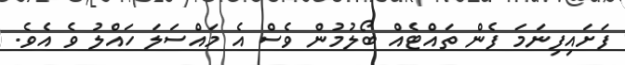
ފަށައިފިނަމަ ފެން ތައްޓެއް ބޯލުމުން ވެސް އެ މައްސަލަ ހައްލު ވެ އެވެ.